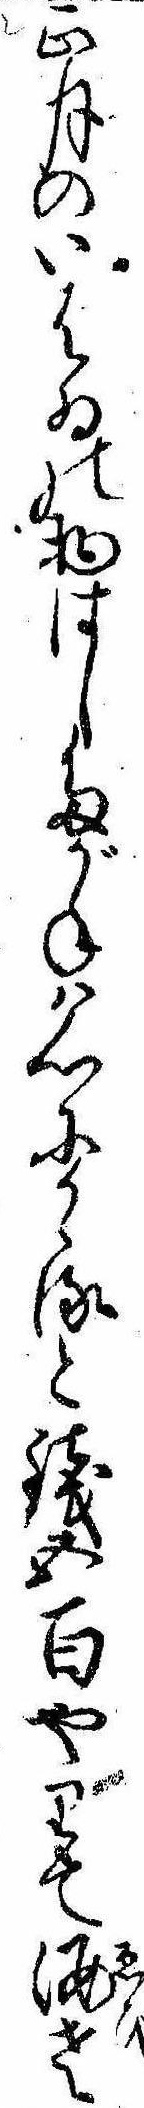
正月のいはゐの物はしたがねは心にかゝると銭五百やりて海老